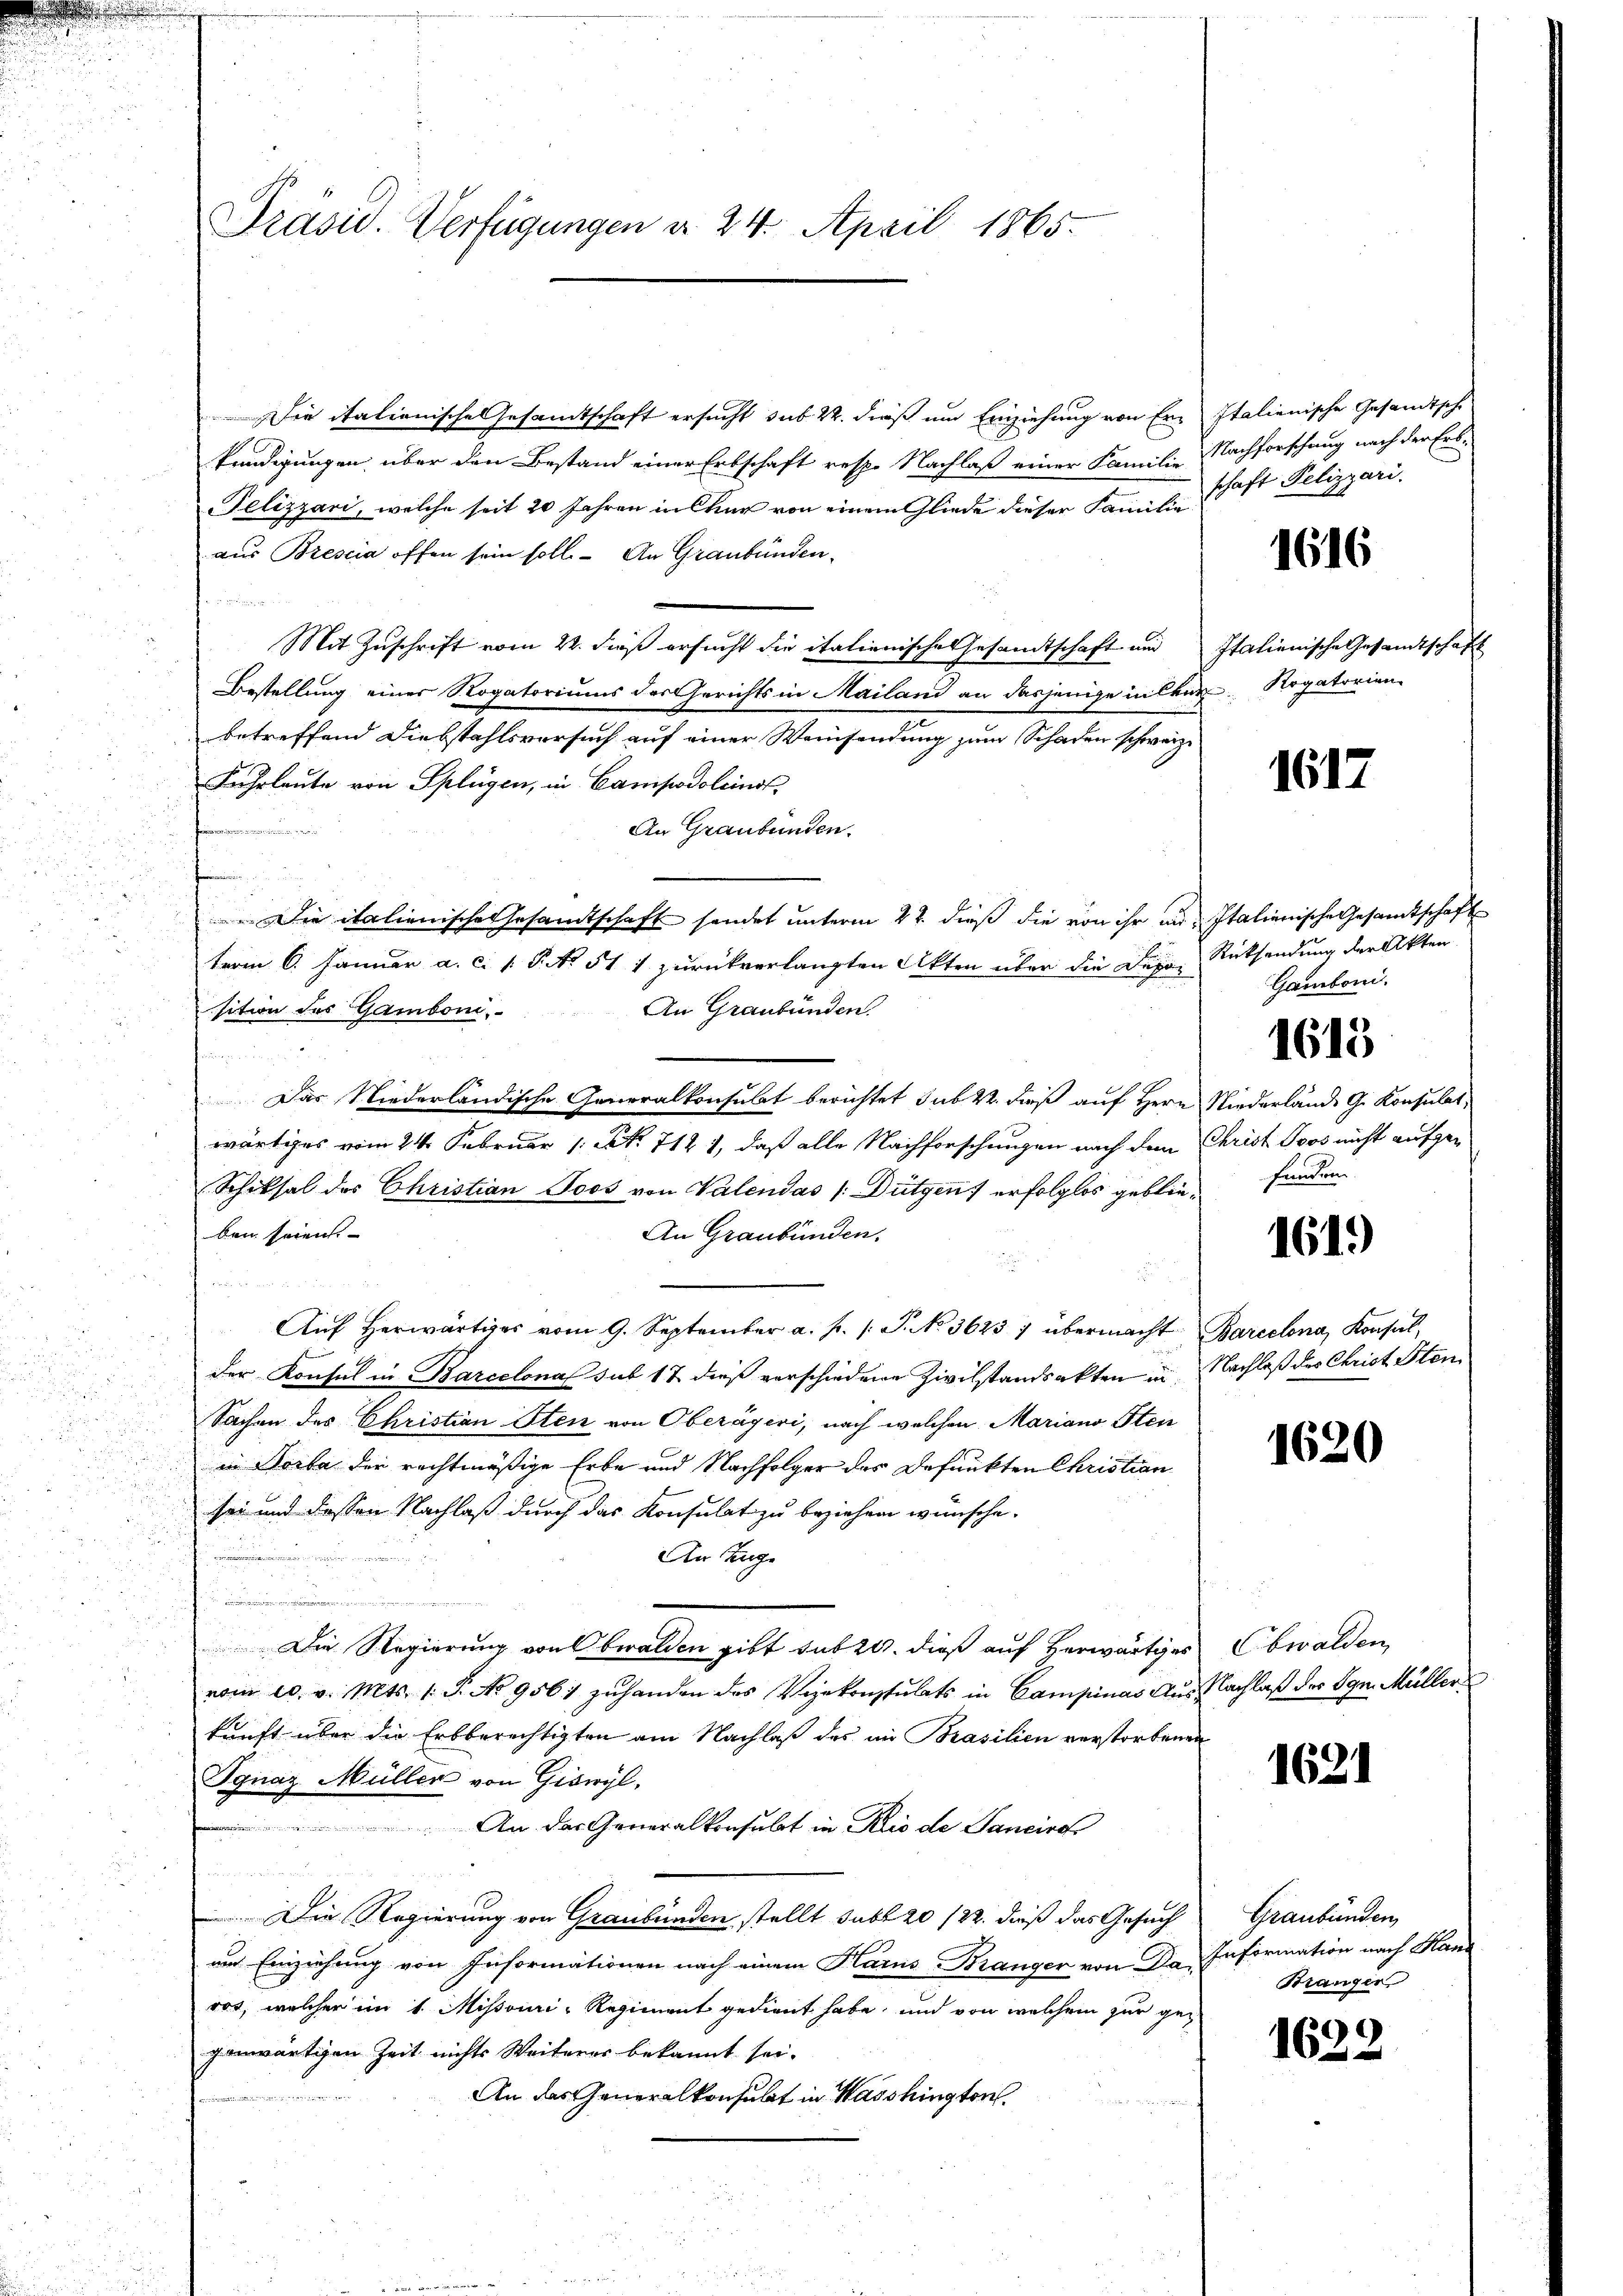
Präsid. Verfügungen d. 24. April 1865.

Die italienische Gesandtschaft ersucht sub 22. dieß um Einziehung von Erz Italienische Gesandtsche
kündigungen, über den Bestand einer Erbschaft resp. Nachlaß einer Familie Nachforschung nach der Erb¬
Pelizzari, welche seit 20 Jahren in Chur von einem Gliede dieser Familie Schaft Pelizzari.
aus Brescia offen sein soll. An Graubünden.

Mit Zuschrift vom 22. dieß ersucht die italienische Gesandtschaft und Italienische Gesandtschaft
Bestellung einer Rogatoriums der Gerichts in Mailand an dasjenige in leur Rogatorien
betreffend Diebstahlsversuch auf einer Weinsendung zum Schaden schweiz.
Fuhrleute von Splügen, in Campodoleinst

An Graubünden.
Die italienische Gesandtschaft sendet unterm 22. dieß die von ihr au. Italienische Gesamtschaft
term 6. Januar a. c. (T. No. 511 zurückverlangten Akten über die Depa, Rücksendung der Akten
An Graubünden.
sition des Gamboni
e
Das Niederländische Generalkonsulat berichtet sub 22. dieß auf Herr Niederlände G. Konsulat,
wärtiges vom 24. Februar 1 Art. 712 1, daß alle Nachforschungen nach dem Christ Loos nicht aufge¬
Schiksal des Christian Joos von Valendás /:Dütgens erfolglos geblieben seien. |
An Graubünden.

Auf herwärtiges vom 9. September a. p. /: P. No 3623 / übermacht Barcelona, Konsalf
der Konsul in Barcelona sub 17 diese verschiedene Zivilstandsakten in Nachlaß des Christ Sten
Sachen des Christian Sten von Oberägeri, nach welchen Mariano Sten
in Horba der rechtmäßige Erbe und Nachfolger des Befunkten Christian
sei und dessen Nachlaß durch das Konsulat zu beziehen wünsche.
An Zug
.
Die Regierung von Obwalden gibt sub 20. dieß auf Herwärtiges
vom 10. v. Mts. 1. P. No 956) zuhanden des Vizekonsulats in Campinas Aus Nachlaß der Sgr. Müller
kunft über die Erbberechtigten am Nachlaß des in Brasilien verstorbenen
Ignaz Müller von Giswyl,
An das Generalkonsulat in Rio de Sancire
Die Regierung von Graubünden stellt sub 20/22. dieß das Gesuch
um Einziehung von Informationen nach einem Karns-Branger von Da Information nach Mar
ros, welcher im 1. Missouri-Regiment gedient habe, und von welchem zur gegenwärtigen Zeit nichts Weiterer bekannt sei.
n
An das Generalkonsulat in Haushington

1616

1617

Gamboni.

1615

funden

1619)

1620

Obwalden,

1621

Graubünden,
Branger

1622